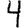
Digit: 4